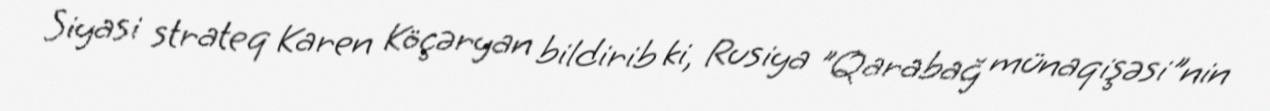
Siyasi strateq Karen Köçəryan bildirib ki, Rusiya "Qarabağ münaqişəsi"nin